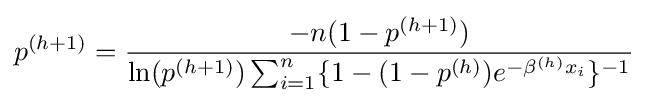
p^{(h+1)}={\frac {-n(1-p^{(h+1)})}{\ln(p^{(h+1)})\sum _{i=1}^{n}\{1-(1-p^{(h)})e^{-\beta ^{(h)}x_{i}}\}^{-1}}}